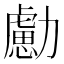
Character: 勴